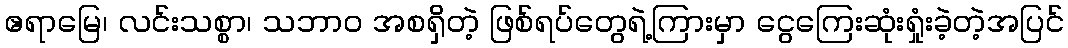
ဧရာမြေ၊ လင်းသစ္စာ၊ သဘာဝ အစရှိတဲ့ ဖြစ်ရပ်တွေရဲ့ကြားမှာ ငွေကြေးဆုံးရှုံးခဲ့တဲ့အပြင်